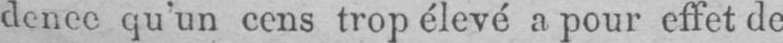
dence qu’un cens trop élevé a pour effet de